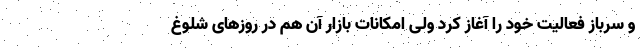
و سرباز فعالیت خود را آغاز کرد ولی امکانات بازار آن هم در روزهای شلوغ